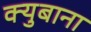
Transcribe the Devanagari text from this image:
क्युबाना